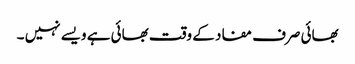
بھائی صرف مفاد کے وقت بھائی ہے ویسے نہیں ۔